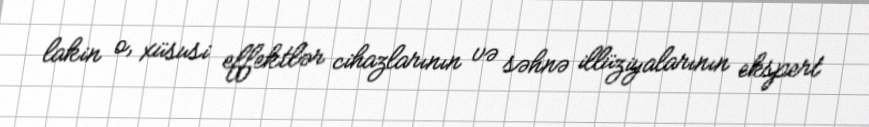
lakin o, xüsusi effektlər cihazlarının və səhnə illüziyalarının ekspert